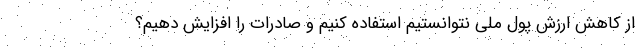
از کاهش ارزش پول ملی نتوانستیم استفاده کنیم و صادرات را افزایش دهیم؟